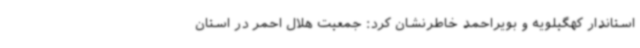
استاندار کهگیلویه و بویراحمد خاطرنشان کرد: جمعیت هلال احمر در استان